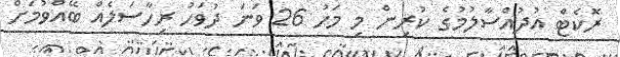
ރޮކެޓް އުދުއްސާލުމުގެ ކުރިން މި މަހު 26 ވަނަ ދުވަހު ރިހާސަލެއް ބޭއްވުމަށް